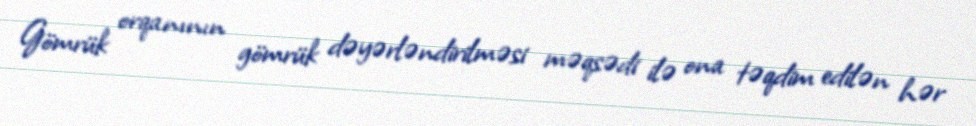
Gömrük orqanının gömrük dəyərləndirilməsi məqsədi ilə ona təqdim edilən hər